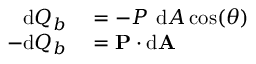
\begin{array} { r l } { \mathrm { d } Q _ { b } } & { { } = - P \ \mathrm { d } A \cos ( \theta ) } \\ { - \mathrm { d } Q _ { b } } & { { } = \mathbf { P } \cdot \mathrm { d } \mathbf { A } } \end{array}